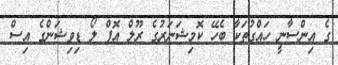
ގެ އިންސާނީ ހައްގުތަކާ ބެހޭ ކޮމިޝަނަރުގެ ރޫލް އޮފް ލޯ ޑިވިޝަންގެ އިސް